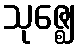
သုဇ္ဈေ